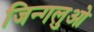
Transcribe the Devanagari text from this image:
जिन्गलुओ